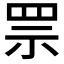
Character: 𦊎